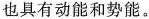
也具有动能和势能。